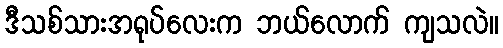
ဒီသစ်သားအရုပ်လေးက ဘယ်လောက် ကျသလဲ။